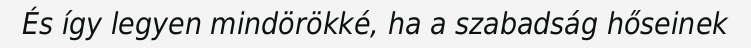
És így legyen mindörökké, ha a szabadság hőseinek